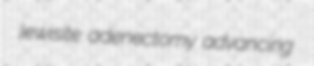
lewisite adenectomy advancing